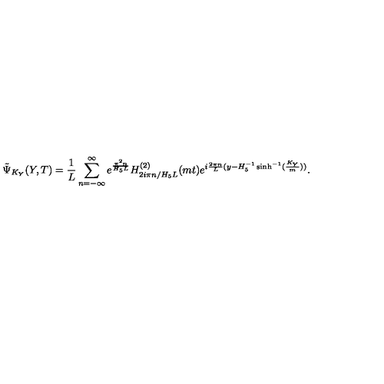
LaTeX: \tilde { \Psi } _ { K _ { Y } } ( Y , T ) = \frac { 1 } { L } \sum _ { n = - \infty } ^ { \infty } e ^ { \frac { \pi ^ { 2 } n } { H _ { 5 } L } } H _ { 2 i \pi n / H _ { 5 } L } ^ { ( 2 ) } ( m t ) e ^ { i { \frac { 2 \pi n } { L } } ( y - H _ { 5 } ^ { - 1 } \sinh ^ { - 1 } ( \frac { K _ { Y } } { m } ) ) } .